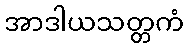
အာဒါယသတ္တကံ